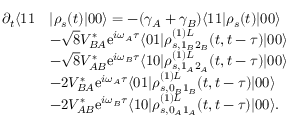
\begin{array} { r l } { \partial _ { t } \langle 1 1 } & { | \rho _ { s } ( t ) | 0 0 \rangle = - ( \gamma _ { A } + \gamma _ { B } ) \langle 1 1 | \rho _ { s } ( t ) | 0 0 \rangle } \\ & { - \sqrt { 8 } V _ { B A } ^ { * } \mathrm { e } ^ { i \omega _ { A } \tau } \langle 0 1 | \rho _ { s , 1 _ { B } 2 _ { B } } ^ { ( 1 ) L } ( t , t - \tau ) | 0 0 \rangle } \\ & { - \sqrt { 8 } V _ { A B } ^ { * } \mathrm { e } ^ { i \omega _ { B } \tau } \langle 1 0 | \rho _ { s , 1 _ { A } 2 _ { A } } ^ { ( 1 ) L } ( t , t - \tau ) | 0 0 \rangle } \\ & { - 2 V _ { B A } ^ { * } \mathrm { e } ^ { i \omega _ { A } \tau } \langle 0 1 | \rho _ { s , 0 _ { B } 1 _ { B } } ^ { ( 1 ) L } ( t , t - \tau ) | 0 0 \rangle } \\ & { - 2 V _ { A B } ^ { * } \mathrm { e } ^ { i \omega _ { B } \tau } \langle 1 0 | \rho _ { s , 0 _ { A } 1 _ { A } } ^ { ( 1 ) L } ( t , t - \tau ) | 0 0 \rangle . } \end{array}